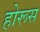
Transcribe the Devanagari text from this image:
होरूस